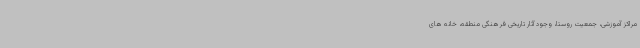
مراکز آموزشی، جمعیت روستا، وجود آثار تاریخی فرهنگی منطقه، خانه های